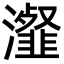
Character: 瀣